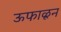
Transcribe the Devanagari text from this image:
ऊफाळून